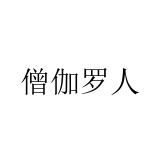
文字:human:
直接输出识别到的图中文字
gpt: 僧伽罗人